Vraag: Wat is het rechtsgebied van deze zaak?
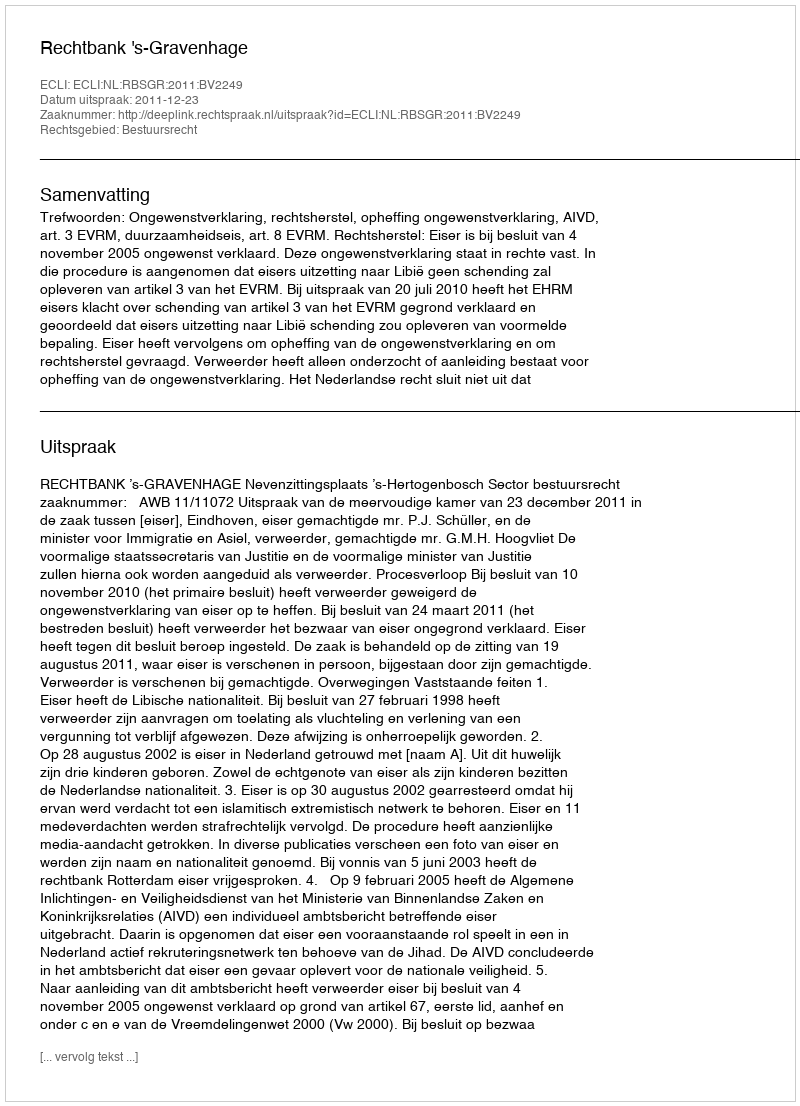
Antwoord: Bestuursrecht